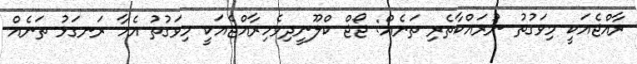
ރާއްޖެއަކީ މިވަގުތު ނުރައްކާތެރި ތަނެއް: ޖޯޖް ކްލޫނީދިވެހިރާއްޖެއަކީ މިވަގުތު އެހާ ރަނގަޅު ތަނެއް